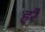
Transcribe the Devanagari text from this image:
हरैं